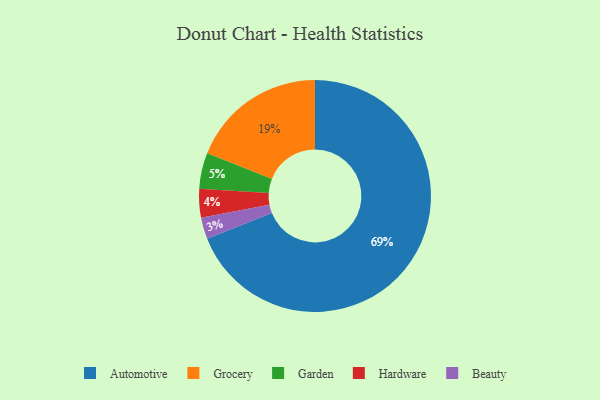
{"axis": {"x": "Category", "y": "Percentage"}, "legend": ["Automotive", "Beauty", "Garden", "Grocery", "Hardware"], "data": [{"x": "Garden", "y": 5, "type": "Garden"}, {"x": "Grocery", "y": 19, "type": "Grocery"}, {"x": "Hardware", "y": 4, "type": "Hardware"}, {"x": "Beauty", "y": 3, "type": "Beauty"}, {"x": "Automotive", "y": 69, "type": "Automotive"}]}